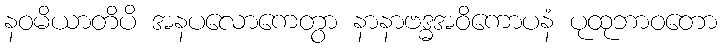
နဝမိယာတိပိ အနပလောကေတွာ နာနာဗဒ္ဓအဝိကောပနံ ပုထုဘာဝတော